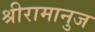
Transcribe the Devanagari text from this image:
श्रीरामानुज